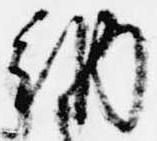
納